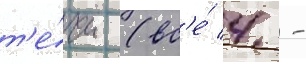
т'е́чи (вс'е́ 4 -